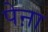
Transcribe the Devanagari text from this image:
पेऩा